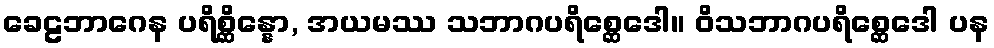
ခေဠဘာဂေန ပရိစ္ဆိန္နော, အယမဿ သဘာဂပရိစ္ဆေဒေါ။ ဝိသဘာဂပရိစ္ဆေဒေါ ပန